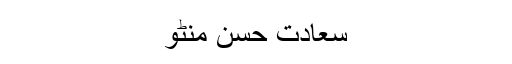
سعادت حسن منٹو